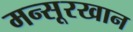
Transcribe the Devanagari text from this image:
मन्सूरखान